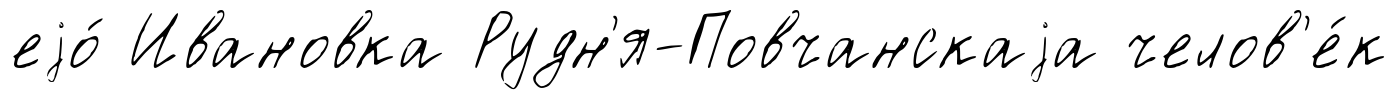
еjо́ Ивановка Рудн'я-Повчанскаjа челов'е́к